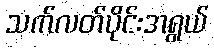
သက်လတ်ပိုင်းအရွယ်